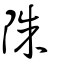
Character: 陎